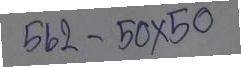
562 - 50 x 50